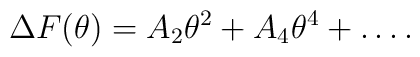
\Delta F(\theta) = A_2 \theta^2 + A_4 \theta^4 + \ldots .